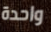
واحدة